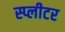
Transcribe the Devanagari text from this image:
स्प्लीटर